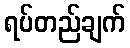
ရပ်တည်ချက်